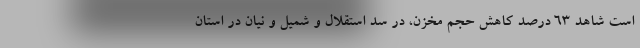
است شاهد ۶۳ درصد کاهش حجم مخزن، در سد استقلال و شمیل و نیان در استان